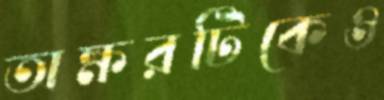
অক্ষরটিকেও